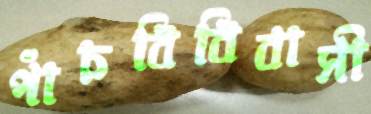
পাঁচবিবিবাসী